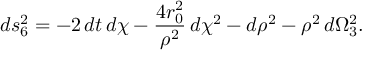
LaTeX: d s _ { 6 } ^ { 2 } = - 2 \, d t \, d \chi - \frac { 4 r _ { 0 } ^ { 2 } } { \rho ^ { 2 } } \, d \chi ^ { 2 } - d \rho ^ { 2 } - \rho ^ { 2 } \, d \Omega _ { 3 } ^ { 2 } .